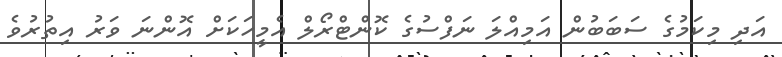
އަދި މިކަމުގެ ސަބަބުން އަމިއްލަ ނަފްސުގެ ކޮންޓްރޯލް އެމީހަކަށް އޮންނަ ވަރު އިތުރުވެ